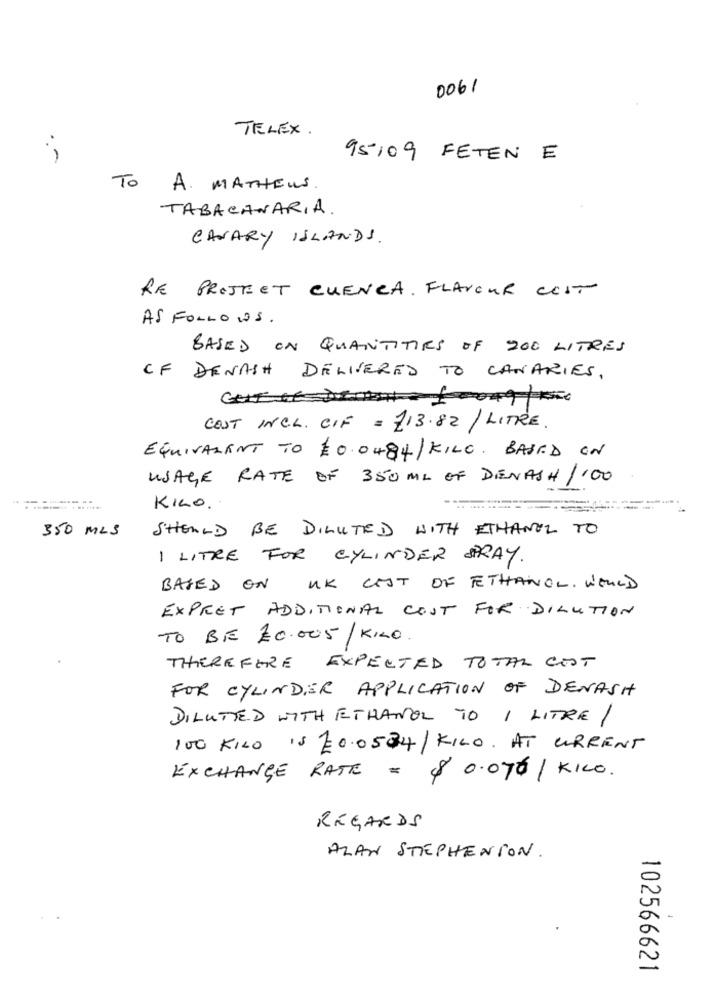
0061
TELEX.
95109 FETEN E
To
A. MATHEUS
TABACANARIA.
CANARY ISLANDS.
RE PROJECT CUENCA. FLAVOUR COST
AS FOLLOWS .
BASED ON QUANTITIES OF 200 LITRES
OF DENASH DELIVERED TO CANARIES.
COST INCL. CIF = 113.82 / LITRE
EQUIVALENT TO $ 0.0484/KILO. BASED ON
USAGE RATE OF 350 ML OF DENASH /100
KILO.
350 MLS
SHOULD BE DILUTED WITH ETHANOL TO
1 LITRE FOR CYLINDER SPRAY.
BASED ON UK COST OF ETHANOL. WOULD
EXPRET ADDITIONAL COST FOR DILUTION
TO BE 20.005/ KILO.
THEREFORE EXPECTED TOTAL COST
FOR CYLINDER APPLICATION OF DENASH
DILUTED WITH ETHANOL TO I LITRE /
100 KILO IS 20.0584/KILO. AT CURRENT
EXCHANGE RATE = $ 0.076 / KILO.
REGARDS
ALAN STEPHENSON.
102566621